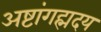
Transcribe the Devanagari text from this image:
अष्टांगह्मदय